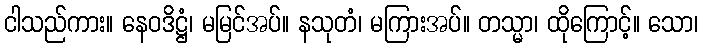
ငါသည်ကား။ နေဝဒိဋ္ဌံ၊ မမြင်အပ်။ နသုတံ၊ မကြားအပ်။ တသ္မာ၊ ထိုကြောင့်။ သော၊